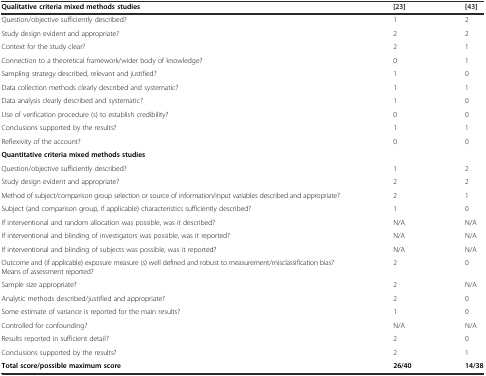
| Qualitative criteria mixed methods studies | [23] | [43] |
 | --- | --- | --- |
 | Question/objective sufficiently described? | 1 | 2 |
 | Study design evident and appropriate? | 2 | 2 |
 | Context for the study clear? | 2 | 1 |
 | Connection to a theoretical framework/wider body of knowledge? | 0 | 1 |
 | Sampling strategy described, relevant and justified? | 1 | 0 |
 | Data collection methods clearly described and systematic? | 1 | 1 |
 | Data analysis clearly described and systematic? | 1 | 0 |
 | Use of verification procedure (s) to establish credibility? | 0 | 0 |
 | Conclusions supported by the results? | 1 | 1 |
 | Reflexivity of the account? | 0 | 0 |
 | Quantitative criteria mixed methods studies |  |  |
 | Question/objective sufficiently described? | 1 | 2 |
 | Study design evident and appropriate? | 2 | 2 |
 | Method of subject/comparison group selection or source of information/input variables described and appropriate? | 2 | 1 |
 | Subject (and comparison group, if applicable) characteristics sufficiently described? | 1 | 0 |
 | If interventional and random allocation was possible, was it described? | N/A | N/A |
 | If interventional and blinding of investigators was possible, was it reported? | N/A | N/A |
 | If interventional and blinding of subjects was possible, was it reported? | N/A | N/A |
 | Outcome and (if applicable) exposure measure (s) well defined and robust to measurement/misclassification bias? Means of assessment reported? | 2 | 0 |
 | Sample size appropriate? | 2 | N/A |
 | Analytic methods described/justified and appropriate? | 2 | 0 |
 | Some estimate of variance is reported for the main results? | 1 | 0 |
 | Controlled for confounding? | N/A | N/A |
 | Results reported in sufficient detail? | 2 | 0 |
 | Conclusions supported by the results? | 2 | 1 |
 | Total score/possible maximum score | 26/40 | 14/38 |